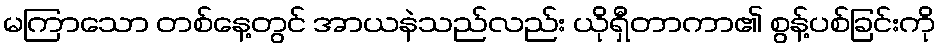
မကြာသော တစ်နေ့တွင် အာယနဲသည်လည်း ယိုရှီတာကာ၏ စွန့်ပစ်ခြင်းကို